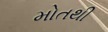
મોતથી